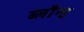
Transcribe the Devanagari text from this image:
ब्लौन्ड